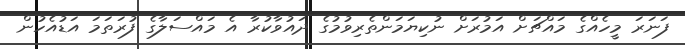
ފަނަރަ މީހެއްގެ މައްޗަށް އަމުރަށް ނުކިޔަމަންތެރިވުމުގެ ދައުވާކުރާ އެ މައްސަލާގެ ފުރަތަމަ އަޑުއެހުން